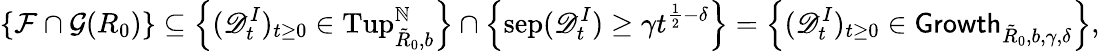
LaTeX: \{ \mathcal F\cap\mathcal G(R_{0})\} \subseteq\left\{ (\mathscr{D}_{t}^{I})_{t\geq 0}\in\mathrm{Tup}_{\tilde{R}_{0},b}^{\mathbb{N}}\right\} \cap\left\{ \mathrm{sep}(\mathscr{D}_{t}^{I})\geq\gamma t^{\frac 12-\delta}\right\} =\left\{ (\mathscr{D}_{t}^{I})_{t\geq 0}\in\mathsf{Growth}_{\tilde{R}_{0},b,\gamma,\delta}\right\} ,